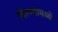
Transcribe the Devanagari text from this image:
गिरण्यांमध्ये